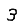
Digit: 3